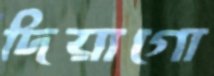
দিয়াগো